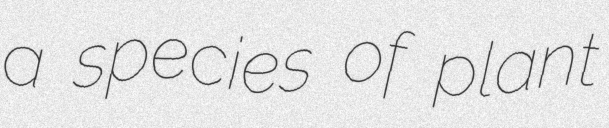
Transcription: a species of plant